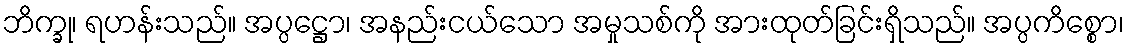
ဘိက္ခု၊ ရဟန်းသည်။ အပ္ပဋ္ဌော၊ အနည်းငယ်သော အမှုသစ်ကို အားထုတ်ခြင်းရှိသည်။ အပ္ပကိစ္စော၊